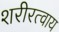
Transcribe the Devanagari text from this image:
शरीरत्वाय